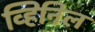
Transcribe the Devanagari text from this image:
व्हिनिल